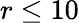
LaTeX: r\leq 10